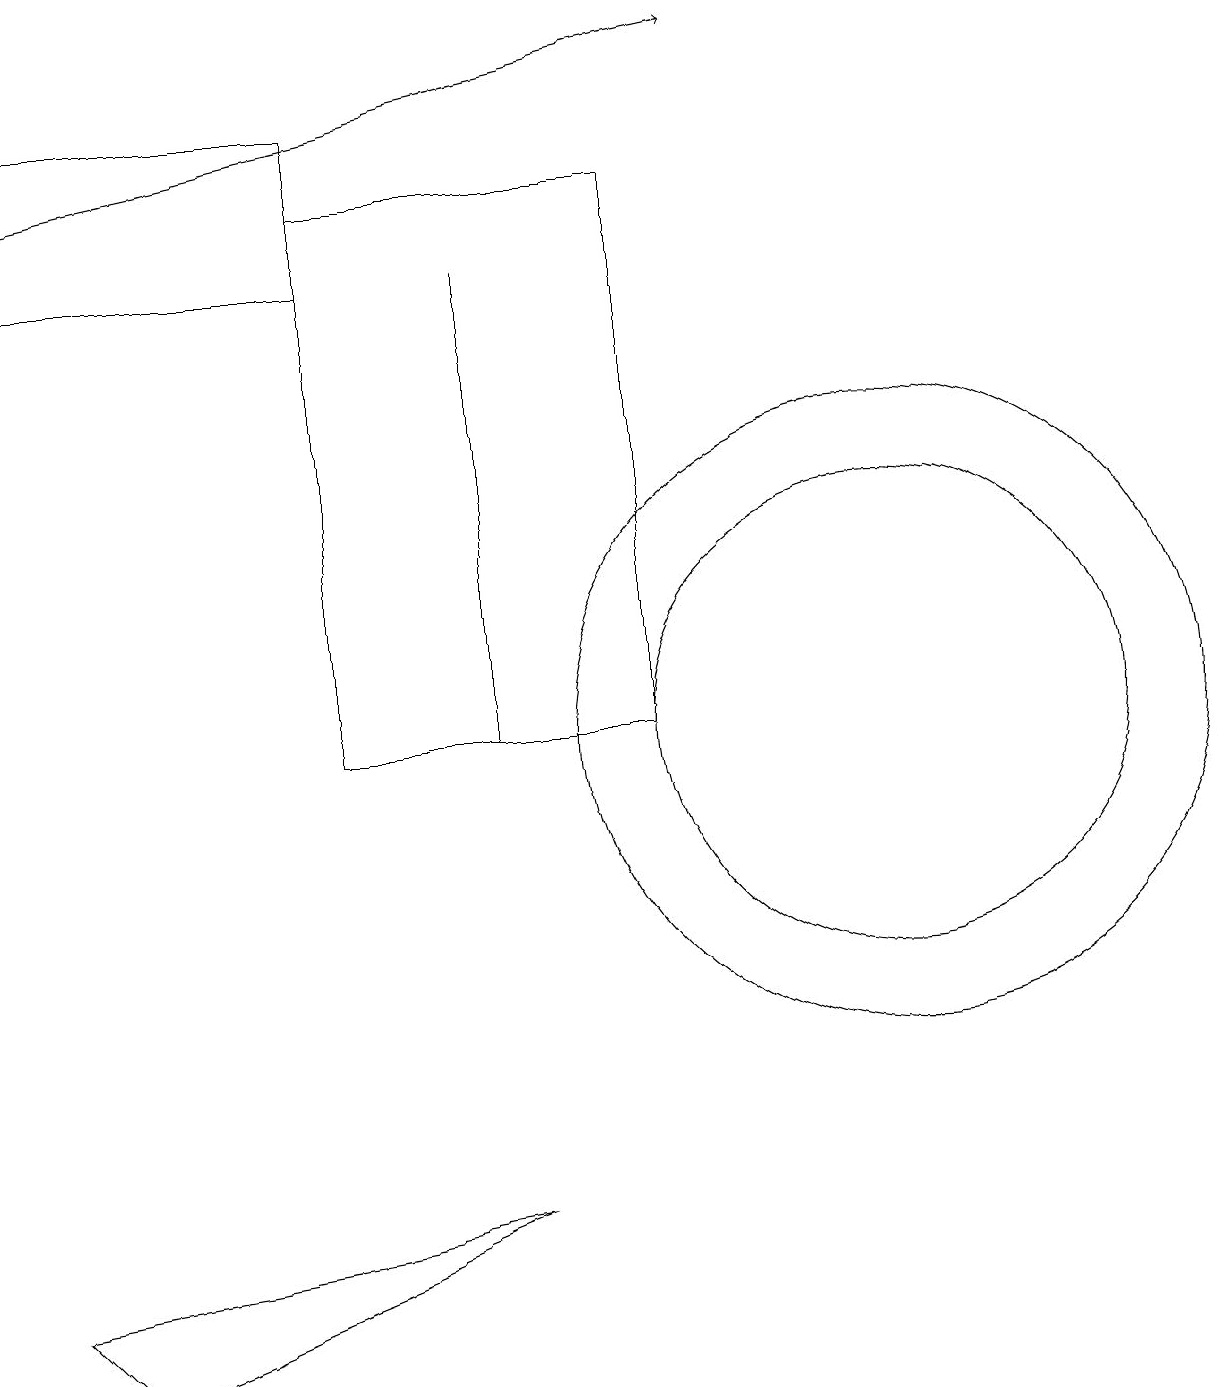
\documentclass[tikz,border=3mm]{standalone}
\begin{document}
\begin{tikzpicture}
\draw (6,4) -- (1,2) -- (0,3) -- cycle;
\draw (0,18) rectangle (4,16);
\draw[->] (0,17) -- (9,19);
\draw (6,10) rectangle (6,16);
\draw (10,11) circle (0);
\draw (11,10) circle (4);
\draw (11,10) circle (3);
\draw (4,10) rectangle (8,17);
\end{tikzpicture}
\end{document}